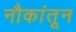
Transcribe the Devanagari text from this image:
नौकांतून